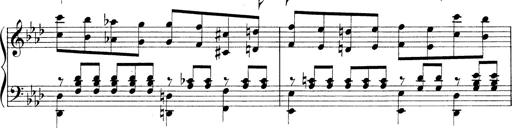
Title: 3 Ã‰tudes de concert
Composer: Franz Liszt